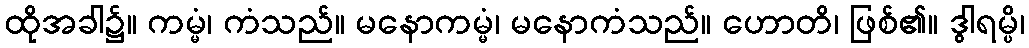
ထိုအခါ၌။ ကမ္မံ၊ ကံသည်။ မနောကမ္မံ၊ မနောကံသည်။ ဟောတိ၊ ဖြစ်၏။ ဒွါရမ္ပိ၊